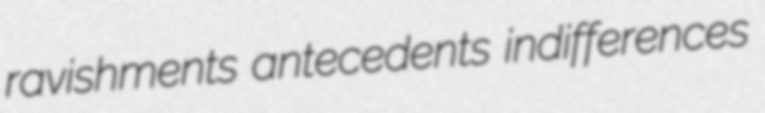
ravishments antecedents indifferences